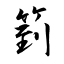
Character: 箌